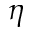
\eta